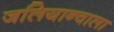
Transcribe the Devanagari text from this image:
जलियान्वाला